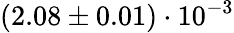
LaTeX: (2.08\pm 0.01)\cdot 10^{-3}